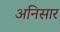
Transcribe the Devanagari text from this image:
अनिसार